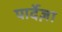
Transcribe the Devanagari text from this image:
पार्देज़ा